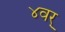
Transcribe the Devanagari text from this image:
४वर्